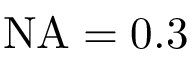
\mathrm { N A } = 0 . 3